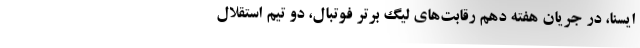
ایسنا، در جریان هفته دهم رقابت‌های لیگ برتر فوتبال، دو تیم استقلال